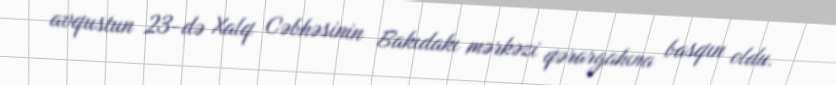
avqustun 23-də Xalq Cəbhəsinin Bakıdakı mərkəzi qərargahına basqın oldu.